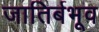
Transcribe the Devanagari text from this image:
जातिर्बभूव